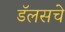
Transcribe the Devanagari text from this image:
डॅलसचे